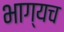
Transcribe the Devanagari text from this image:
भाग्यच